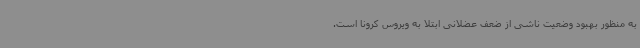
به منظور بهبود وضعیت ناشی از ضعف عضلانی ابتلا به ویروس کرونا است.